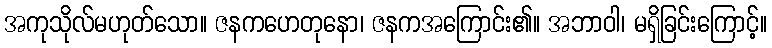
အကုသိုလ်မဟုတ်သော။ ဇနကဟေတုနော၊ ဇနကအကြောင်း၏။ အဘာဝါ၊ မရှိခြင်းကြောင့်။